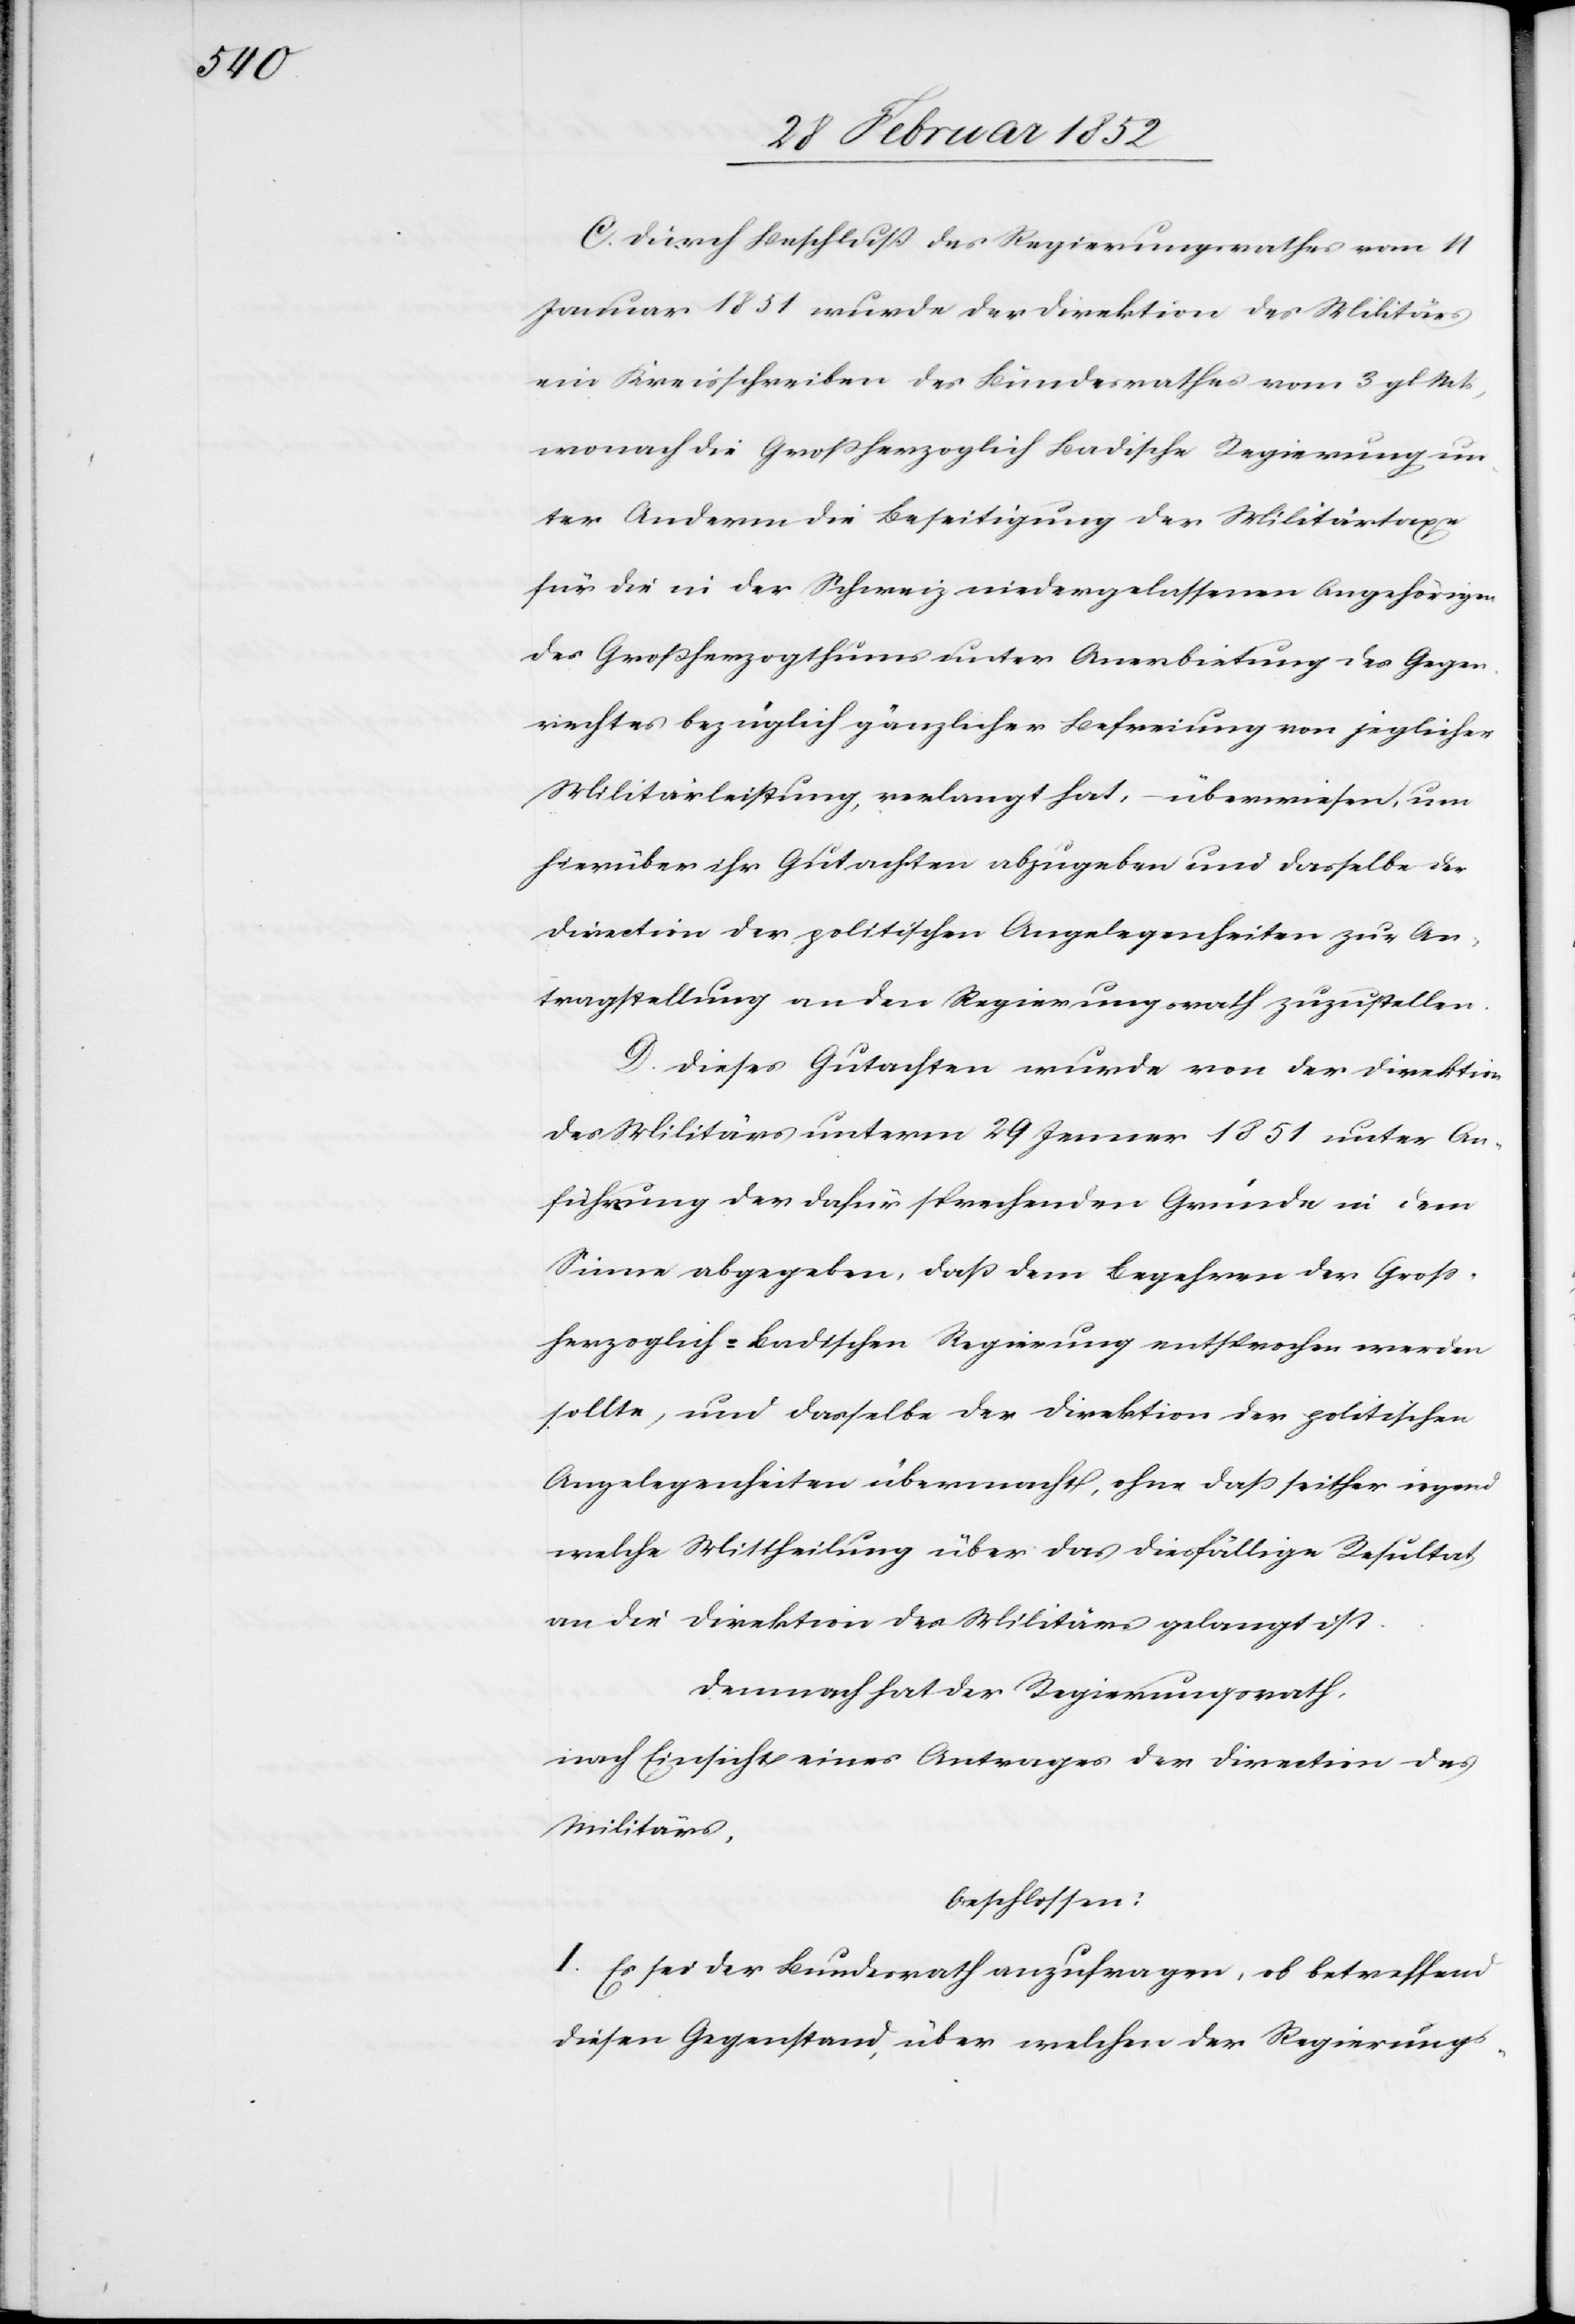
C. Durch Beschluß des Regierungsrathes vom 11
Januar 1851 wurde der Direktion des Militärs
ein Kreisschreiben des Bundesrathes vom 3 gl Mts,
wonach die Großherzoglich Badische Regierung un¬
ter Anderm die Beseitigung der Militärtaxe
für die in der Schweiz niedergelassenen Angehörigen
des Großherzogthums unter Anerbietung des Gegen¬
rechtes bezüglich gänzlicher Befreiung von jeglicher
Militärleistung, verlangt hat, – überwiesen, um
hierüber ihr Gutachten abzugeben und dasselbe der
Direction der politischen Angelegenheiten zur An¬
tragstellung an den Regierungsrath zuzustellen.
D. Dieses Gutachten wurde von der Direktion
des Militärs unterm 29 Jenner 1851 unter An¬
führung der dafür sprechenden Gründe in dem
Sinne abgegeben, daß dem Begehren der Groß¬
herzoglich-Badischen Regierung entsprochen werden
sollte, und dasselbe der Direktion der politischen
Angelegenheiten übermacht, ohne daß seither irgend
welche Mittheilung über das dießfällige Resultat
an die Direktion des Militärs gelangt ist.
Demnach hat der Regierungsrath,
nach Einsicht eines Antrages der Direction des
Militärs,
beschlossen:
I. Es sei der Bundesrath anzufragen, ob betreffend
diesen Gegenstand, über welchen der Regierungs-